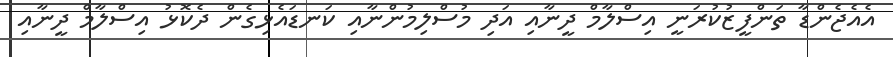
އެއެޖެންޑާ ތަންފީޒުކުރަނީ އިސްލާމް ދީނާއި އަދި މުސްލިމުންނާއި ކަނޑައެޅިގެން ދެކޮޅު އިސްލާމް ދީނާއި